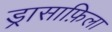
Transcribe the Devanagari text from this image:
ड्रासाफ़िला